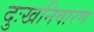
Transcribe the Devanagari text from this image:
दुःखनिवारण